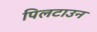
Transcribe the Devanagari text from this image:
पिलटाउन